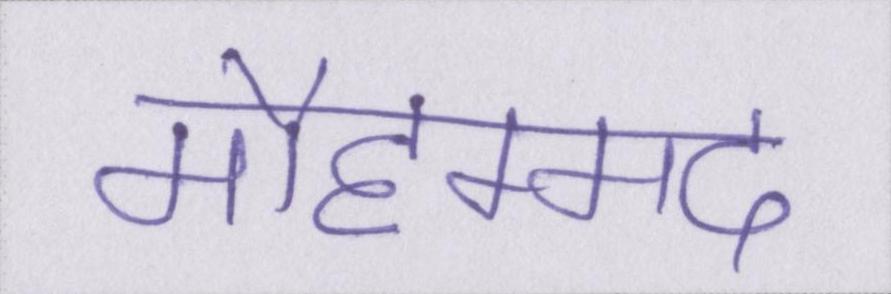
मौहम्मद